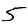
Digit: 5